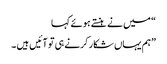
“ میں نے ہنستے ہوئے کہا
”ہم یہاں شکار کرنے ہی تو آئیں ہیں ۔